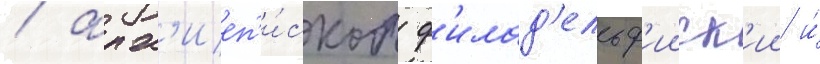
/ арх'иеп'и́скоп ф'илад'ельф'ииск'ии и́